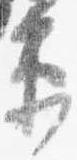
衛